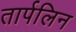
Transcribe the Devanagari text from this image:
तार्पलिन